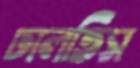
ঢালতিস